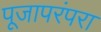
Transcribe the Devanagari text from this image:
पूजापरंपरा